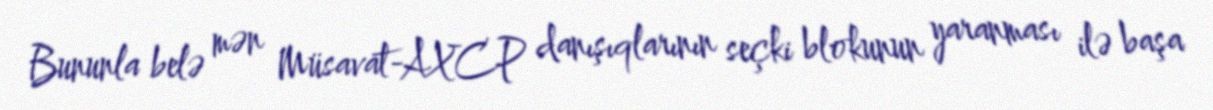
Bununla belə mən Müsavat-AXCP danışıqlarının seçki blokunun yaranması ilə başa